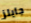
جايلز